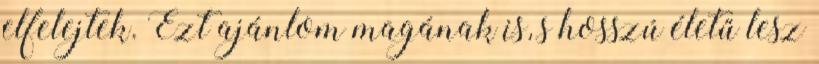
elfelejtek. Ezt ajánlom magának is, s hosszú életű lesz